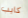
كايب